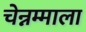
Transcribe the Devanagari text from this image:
चेन्नम्माला